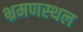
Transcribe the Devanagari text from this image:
भ्रमणस्‍थल